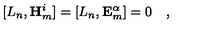
[ L _ { n } , \mathbf { H } _ { m } ^ { i } ] = [ L _ { n } , \mathbf { E } _ { m } ^ { \alpha } ] = 0 \quad ,